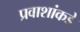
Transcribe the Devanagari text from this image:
प्रवाशांकडे